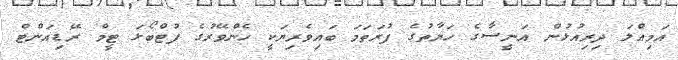
އަމިއްލަ ދިރިއުޅުން އަނީސާގެ ހަޔާތުގެ ފުރަތަމަ ބައިވެރިޔަކީ ހެންވޭރުގެ ފުޓްބޯޅަ ޓީމް ރޭޑިއަންޓް